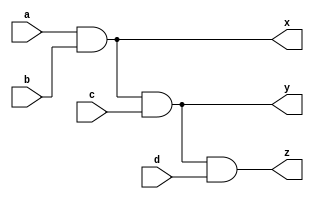
`timescale 1ns / 1ps

/*
Company: Sogang University
Engineer: G_EEE3
Create Date: 2021/09/16 16:05:02
Module Name: four_input_and_gate
*/

module four_input_and_gate(
    input a, b, c, d,
    output x, y, z
    );
    
    assign x = a & b;
    assign y = x & c;
    assign z = y & d;
    
endmodule